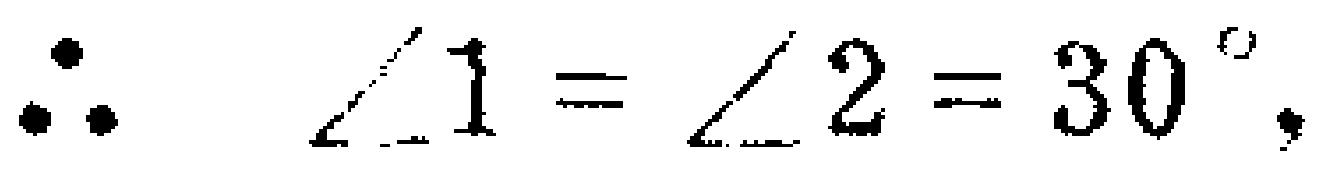
\(\therefore \angle 1 = \angle 2 = 30^{\circ},\)